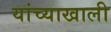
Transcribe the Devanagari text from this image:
यांच्याखाली